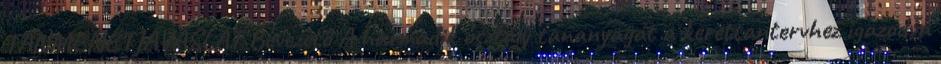
TANMENETJAVASLAT Bevezető A harmadik osztály tananyagát a kerettantervhez igazodva